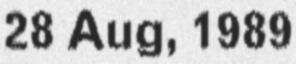
28 Aug, 1989